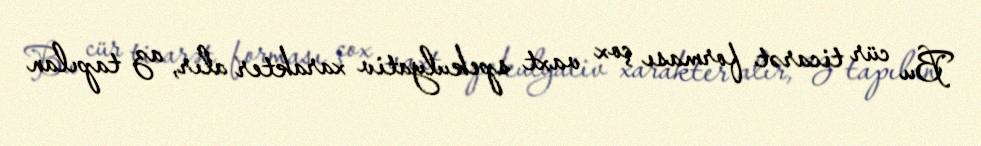
Bu cür ticarət forması çox vaxt spekulyativ xarakter alır, az tapılan